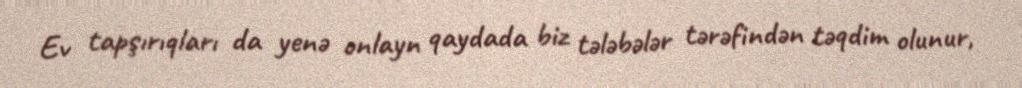
Ev tapşırıqları da yenə onlayn qaydada biz tələbələr tərəfindən təqdim olunur,